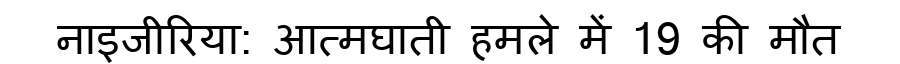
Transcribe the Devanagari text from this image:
नाइजीरिया: आत्मघाती हमले में 19 की मौत